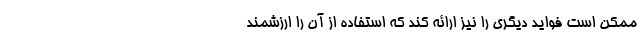
ممکن است فواید دیگری را نیز ارائه کند که استفاده از آن را ارزشمند